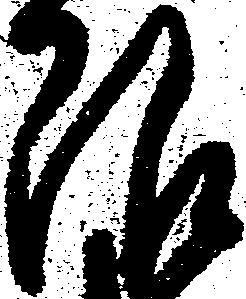
限